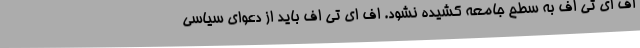
اف ای تی اف به سطح جامعه کشیده نشود. اف ای تی اف باید از دعوای سیاسی